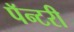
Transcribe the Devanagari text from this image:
पॅन्टरी